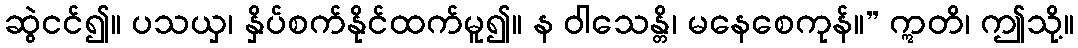
ဆွဲငင်၍။ ပသယှ၊ နှိပ်စက်နိုင်ထက်မူ၍။ န ဝါသေန္တိ၊ မနေစေကုန်။” ဣတိ၊ ဤသို့။